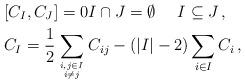
LaTeX: \begin{align*}& [C_I,C_J]=0 I \cap J =\emptyset\ \ \ \ I\subseteq J \,, \\& C_I=\frac{1}{2}\sum_{i,j\in I \atop i\neq j} C_{ij} -( |I|-2 ) \sum_{i\in I} C_i\,,\end{align*}